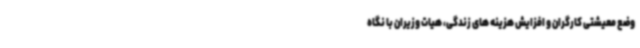
وضع معیشتی کارگران و افزایش هزینه های زندگی، هیات وزیران با نگاه